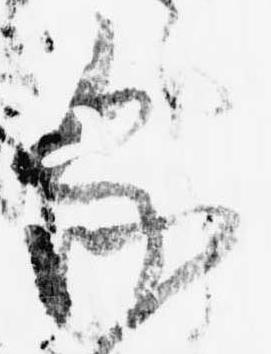
家